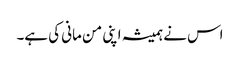
اس نے ہمیشہ اپنی من مانی کی ہے۔